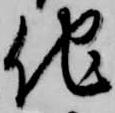
他